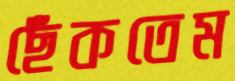
ছেঁকতেম